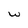
Character: w